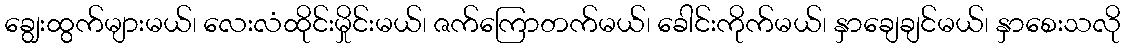
ချွေးထွက်များမယ်၊ လေးလံထိုင်းမှိုင်းမယ်၊ ဇက်ကြောတက်မယ်၊ ခေါင်းကိုက်မယ်၊ နှာချေချင်မယ်၊ နှာစေးသလို